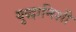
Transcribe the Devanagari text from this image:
युद्धानिशी